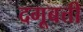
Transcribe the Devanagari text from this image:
दगूबत्ती